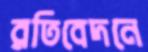
রতিবেদনে